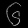
Digit: ၆